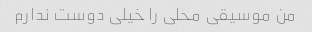
من موسیقی محلی را خیلی دوست ندارم